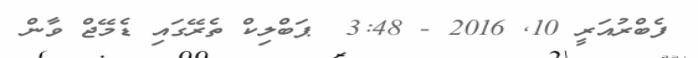
ފެބްރުއަރީ 10